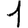
Digit: 1